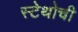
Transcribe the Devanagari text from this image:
स्टेथोची